Indian journal of veterinary science and animal husbandry - Volume 12,
Year: 1942
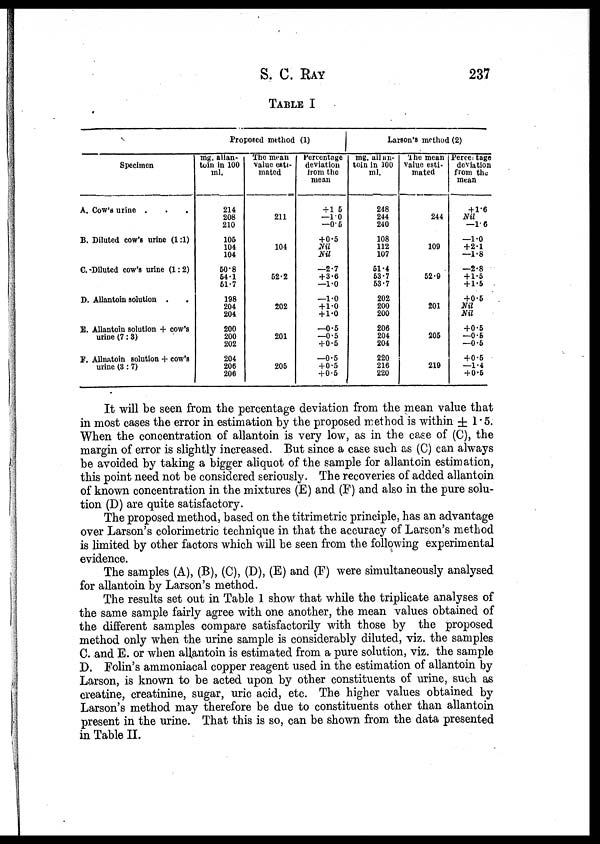
S. C. RAY 237
TABLE I
Specimen
A. Cow's urine . . .
B. Diluted cow's urine (1:1)
C. Diluted cow's urine (1:2)
D. Allantoin solution . .
E. Allantoin solution + cow's
urine (7:3)
F. Allnatoin solution + cow's
urine (3:7)
Proposed method (1)
mg. allan-
toin in 100
ml.
214
208
210
105
104
104
50.8
54.1
51.7
198
204
204
200
200
202
204
206
206
The mean
value esti-
mated
211
104
52.2
202
201
205
Percentage
deviation
from the
mean
+1.5
—1.0
—0.5
+0.5
Nil
Nil
—2.7
+3.6
—1.0
—1.0
+1.0
+1.0
—0.5
—0.5
+0.5
—0.5
+0.5
+0.5
Larson's method (2)
mg. allan¬
toin in 100
ml.
248
244
240
108
112
107
51.4
53.7
53.7
202
200
200
206
204
204
220
216
220
The mean
value esti-
mated
244
109
52.9
201
205
219
Percentage
deviation
from the
mean
+ 1.6
Nil
—1.6
—1.0
+2.1
—1.8
—2.8
+1.5
+1.5
+0.5
Nil
Nil
+0.5
—0.5
—0.5
+0.5
—1.4
+ 0.5
It will be seen from the percentage deviation from the mean value that
in most cases the error in estimation by the proposed method is within ±1.5.
When the concentration of allantoin is very low, as in the case of (C), the
margin of error is slightly increased. But since a case such as (C) can always
be avoided by taking a bigger aliquot of the sample for allantoin estimation,
this point need not be considered seriously. The recoveries of added allantoin
of known concentration in the mixtures (E) and (F) and also in the pure solu-
tion (D) are quite satisfactory.
The proposed method, based on the titrimetric principle, has an advantage
over Larson's colorimetric technique in that the accuracy of Larson's method
is limited by other factors which will be seen from the following experimental
evidence.
The samples (A), (B), (C), (D), (E) and (F) were simultaneously analysed
for allantoin by Larson's method.
The results set out in Table 1 show that while the triplicate analyses of
the same sample fairly agree with one another, the mean values obtained of
the different samples compare satisfactorily with those by the proposed
method only when the urine sample is considerably diluted, viz. the samples
C. and E. or when allantoin is estimated from a pure solution, viz. the sample
D. Folin's ammoniacal copper reagent used in the estimation of allantoin by
Larson, is known to be acted upon by other constituents of urine, such as
creatine, creatinine, sugar, uric acid, etc. The higher values obtained by
Larson's method may therefore be due to constituents other than allantoin
present in the urine. That this is so, can be shown from the data presented
in Table II.